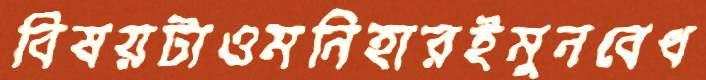
বিষয়টাওমনিহারইমুনবেধ